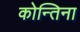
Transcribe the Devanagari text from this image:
कोन्तिना